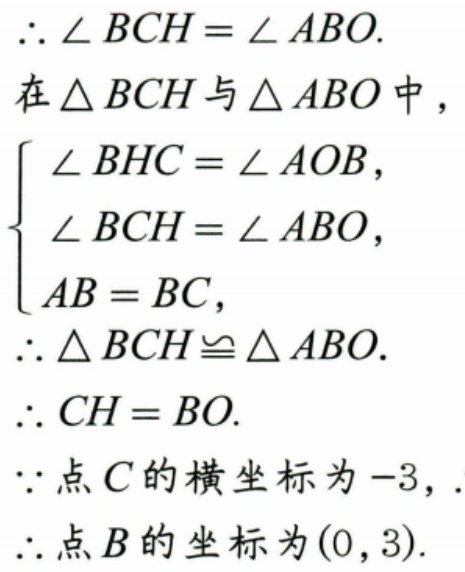
$\therefore \angle BCH=\angle ABO.$
在$\triangle BCH$与$\triangle ABO$中，
$\left\{\begin{array}{l}
\angle BHC = \angle AOB,\\
\angle BCH=\angle ABO,\\
AB = BC,
\end{array}\right.$
$\therefore \triangle BCH\cong \triangle ABO.$
$\therefore CH = BO.$
$\because$点$C$的横坐标为$-3,$.
$\therefore$点$B$的坐标为$(0,3).$